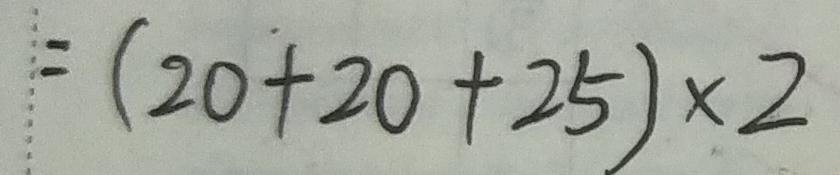
= ( 2 0 + 2 0 + 2 5 ) \times 2